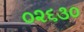
૦૨૬૩૦